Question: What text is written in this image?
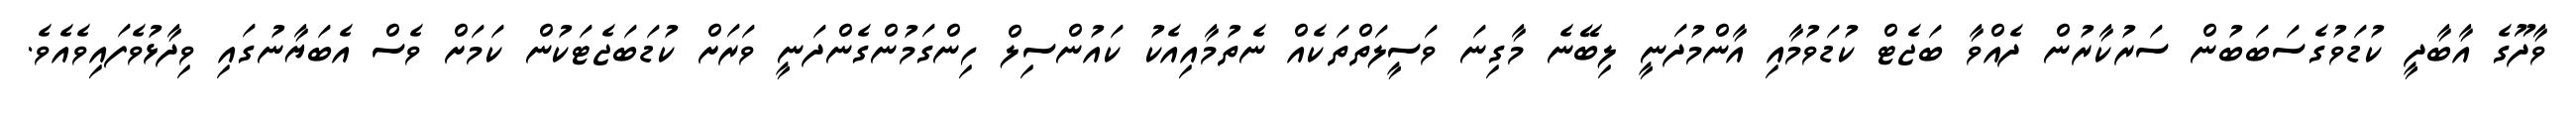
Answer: ވާދޫގެ އާބާދީ ކުޑަވުގެސަބަބުން ސަރުކާރުން ދެއްވާ ބަޖެޓް ކުޑަވުމާއި އާންމުދަނީ ލިބޭނެ މާގިނަ ވަސީލަތްތަކެއް ނެތުމާއިއެކު ކައުންސިލް ހިންގަމުންގެންދަނީ ވަރަށް ކުޑަބަޖެޓަކުން ކަމަށް ވެސް އެބަޔާނުގައި ވިދާޅުވެފައިވެއެވެ.